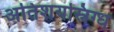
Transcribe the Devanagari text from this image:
अतिशयस्निग्ध